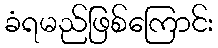
ခံရမည်ဖြစ်ကြောင်း